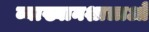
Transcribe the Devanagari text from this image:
व्याख्यानशालाओं